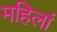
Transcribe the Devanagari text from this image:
महिलां